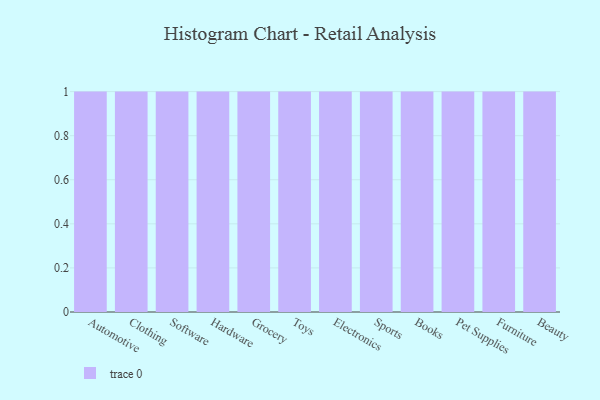
{"axis": {"x": "Category", "y": "Satisfaction Score"}, "legend": [""], "data": [{"x": "Automotive", "y": 80, "type": ""}, {"x": "Clothing", "y": 61, "type": ""}, {"x": "Software", "y": 16, "type": ""}, {"x": "Hardware", "y": 83, "type": ""}, {"x": "Grocery", "y": 37, "type": ""}, {"x": "Toys", "y": 29, "type": ""}, {"x": "Electronics", "y": 2, "type": ""}, {"x": "Sports", "y": 50, "type": ""}, {"x": "Books", "y": 77, "type": ""}, {"x": "Pet Supplies", "y": 67, "type": ""}, {"x": "Furniture", "y": 73, "type": ""}, {"x": "Beauty", "y": 21, "type": ""}]}